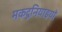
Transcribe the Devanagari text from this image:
मकदूनियाइयों